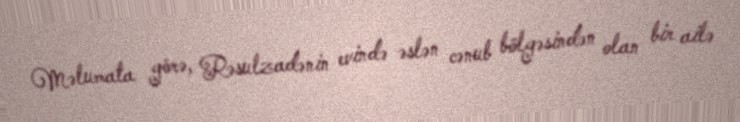
Məlumata görə, Rəsulzadənin evində əslən cənub bölgəsindən olan bir ailə